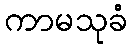
ကာမသုခံ